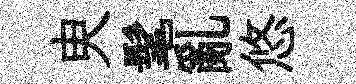
㬰髦亂悠